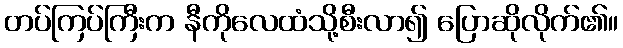
တပ်ကြပ်ကြီးက နီကိုလေထံသို့စီးလာ၍ ပြောဆိုလိုက်၏။